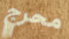
محرج